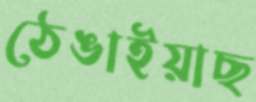
ঠেঙাইয়াছ